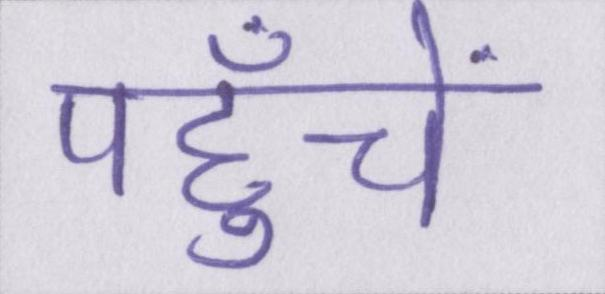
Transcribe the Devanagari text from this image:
पहुँचें